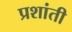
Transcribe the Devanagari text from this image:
प्रशांती